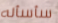
سأسأله